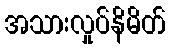
အသားလှုပ်နိမိတ်